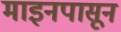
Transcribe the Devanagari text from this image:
माइनपासून